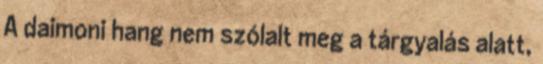
A daimoni hang nem szólalt meg a tárgyalás alatt,